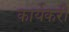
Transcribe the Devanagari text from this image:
कार्यकरी